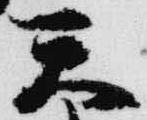
天